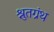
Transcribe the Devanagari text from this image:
श्रुतग्रंथ